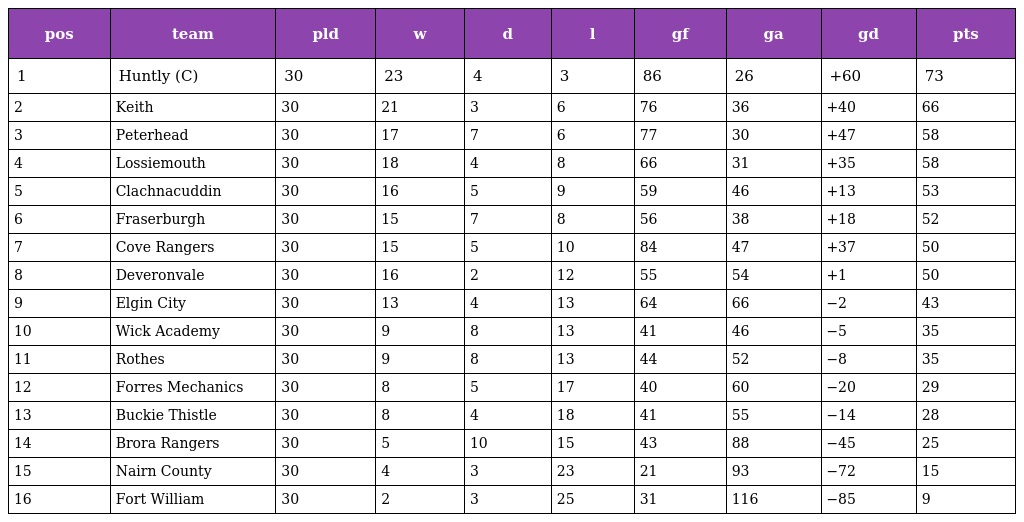
| pos | team | pld | w | d | l | gf | ga | gd | pts |
 | --- | --- | --- | --- | --- | --- | --- | --- | --- | --- |
 | 1 | Huntly (C) | 30 | 23 | 4 | 3 | 86 | 26 | +60 | 73 |
 | 2 | Keith | 30 | 21 | 3 | 6 | 76 | 36 | +40 | 66 |
 | 3 | Peterhead | 30 | 17 | 7 | 6 | 77 | 30 | +47 | 58 |
 | 4 | Lossiemouth | 30 | 18 | 4 | 8 | 66 | 31 | +35 | 58 |
 | 5 | Clachnacuddin | 30 | 16 | 5 | 9 | 59 | 46 | +13 | 53 |
 | 6 | Fraserburgh | 30 | 15 | 7 | 8 | 56 | 38 | +18 | 52 |
 | 7 | Cove Rangers | 30 | 15 | 5 | 10 | 84 | 47 | +37 | 50 |
 | 8 | Deveronvale | 30 | 16 | 2 | 12 | 55 | 54 | +1 | 50 |
 | 9 | Elgin City | 30 | 13 | 4 | 13 | 64 | 66 | −2 | 43 |
 | 10 | Wick Academy | 30 | 9 | 8 | 13 | 41 | 46 | −5 | 35 |
 | 11 | Rothes | 30 | 9 | 8 | 13 | 44 | 52 | −8 | 35 |
 | 12 | Forres Mechanics | 30 | 8 | 5 | 17 | 40 | 60 | −20 | 29 |
 | 13 | Buckie Thistle | 30 | 8 | 4 | 18 | 41 | 55 | −14 | 28 |
 | 14 | Brora Rangers | 30 | 5 | 10 | 15 | 43 | 88 | −45 | 25 |
 | 15 | Nairn County | 30 | 4 | 3 | 23 | 21 | 93 | −72 | 15 |
 | 16 | Fort William | 30 | 2 | 3 | 25 | 31 | 116 | −85 | 9 |